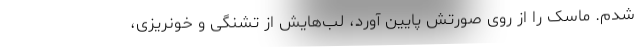
شدم. ماسک را از روی صورتش پایین آورد، لب‌هایش از تشنگی و خونریزی،